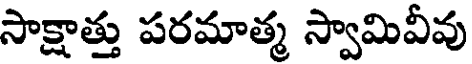
సాక్షాత్తు పరమాత్మ స్వామివీవు